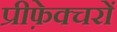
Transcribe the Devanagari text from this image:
प्रीफ़ेक्चरों